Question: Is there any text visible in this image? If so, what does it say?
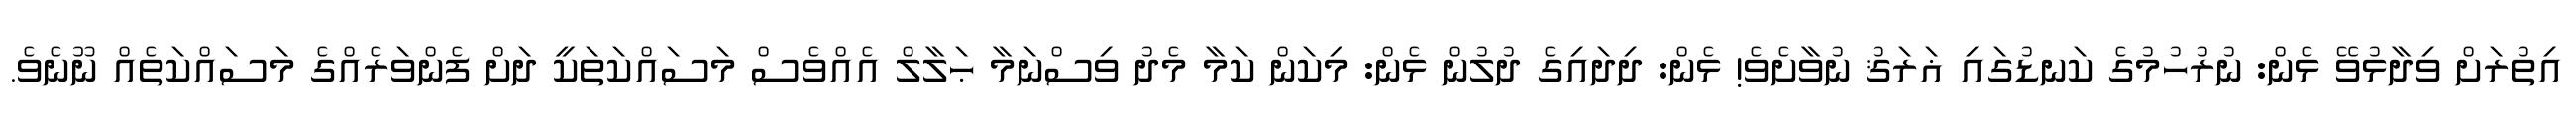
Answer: އިތުރަށް ވިދާޅުވޭ ޅެން: ނުރުހުމުގެ ކަނޑުގައި ޣަރަޤު ނުވާށެވެ! ޅެން: ދިދައިގެ ދުލުން ޅެން: މިކަން ކަމާ މެދު ވިސްނަމާ ޙަލާލް އެއްވެސް މަސައްކަތަކީ ދަށް ފެންވަރެއްގެ މަސައްކަތެއް ނޫނެވެ.